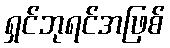
ရှင်ဘုရင်အဖြစ်